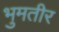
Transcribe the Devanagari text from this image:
भुमतीर